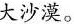
大沙漠。